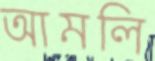
আমলি